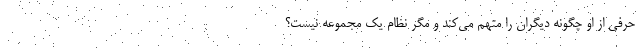
حرفی از او چگونه دیگران را متهم می‌کند و مگر نظام یک مجموعه نیست؟